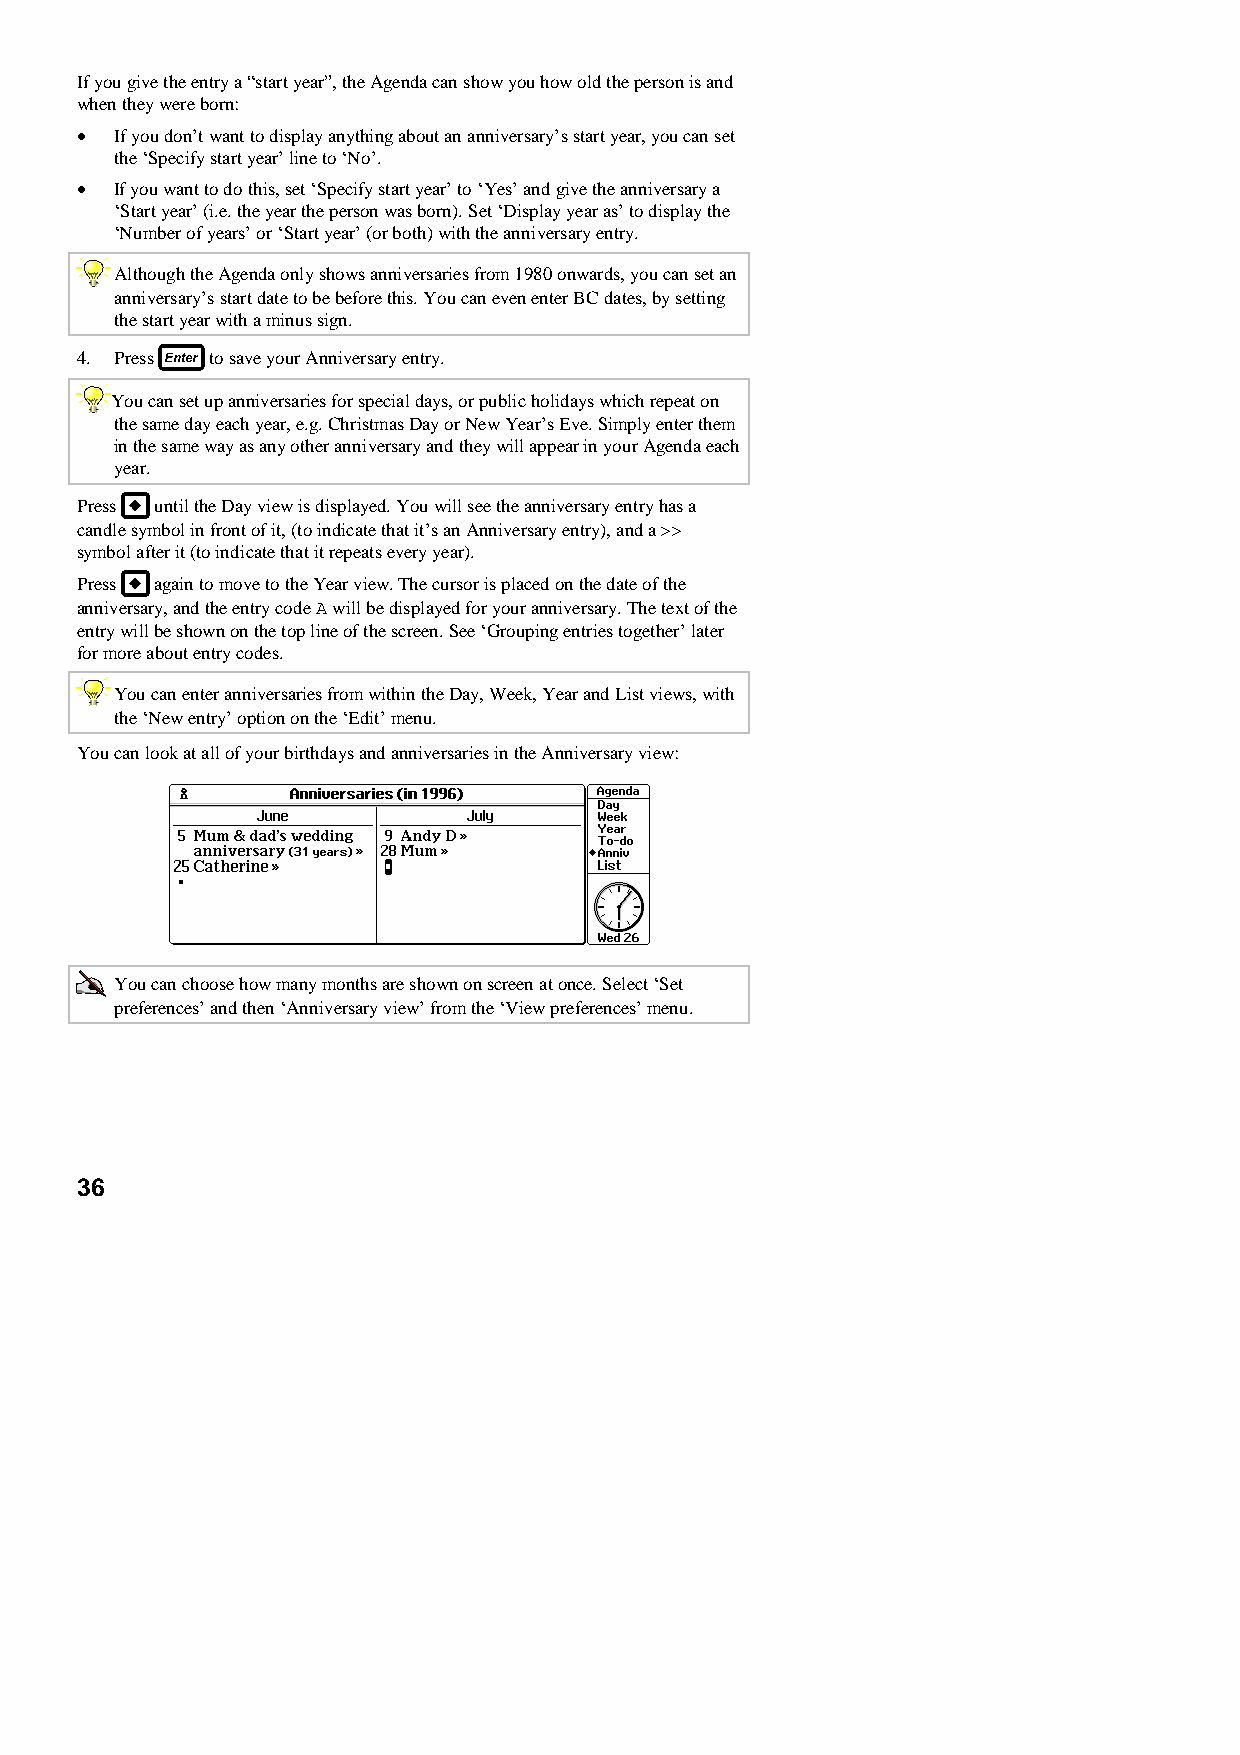
If you give the entry a “start year”, the Agenda can show you how old the person is and
 when they were born:
 •  If you don’t want to display anything about an anniversary’s start year, you can set
 the ‘Specify start year’ line to ‘No’.
 •  If you want to do this, set ‘Specify start year’ to ‘Yes’ and give the anniversary a
 ‘Start year’ (i.e. the year the person was born). Set ‘Display year as’ to display the
 ‘Number of years’ or ‘Start year’ (or both) with the anniversary entry.
 Although the Agenda only shows anniversaries from 1980 onwards, you can set an
 anniversary’s start date to be before this. You can even enter BC dates, by setting
 the start year with a minus sign.
 4. Press to save your Anniversary entry.
 You can set up anniversaries for special days, or public holidays which repeat on
 the same day each year, e.g. Christmas Day or New Year’s Eve. Simply enter them
 in the same way as any other anniversary and they will appear in your Agenda each
 year.
 Press until the Day view is displayed. You will see the anniversary entry has a
 candle symbol in front of it, (to indicate that it’s an Anniversary entry), and a >>
 symbol after it (to indicate that it repeats every year).
 Press again to move to the Year view. The cursor is placed on the date of the
 anniversary, and the entry code A will be displayed for your anniversary. The text of the
 entry will be shown on the top line of the screen. See ‘Grouping entries together’ later
 for more about entry codes.
 You can enter anniversaries from within the Day, Week, Year and List views, with
 the ‘New entry’ option on the ‘Edit’ menu.
 You can look at all of your birthdays and anniversaries in the Anniversary view:
 You can choose how many months are shown on screen at once. Select ‘Set
 preferences’ and then ‘Anniversary view’ from the ‘View preferences’ menu.
 36